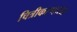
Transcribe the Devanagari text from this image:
चित्रीकरणासह